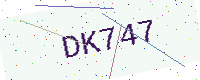
Text: DK747